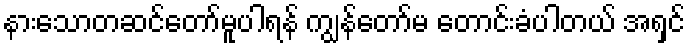
နားသောတဆင်တော်မူပါရန် ကျွန်တော်မ တောင်းခံပါတယ် အရှင်